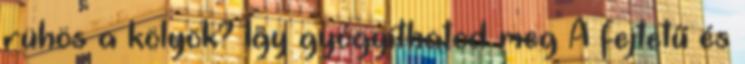
rühös a kölyök? Így gyógyíthatod meg A fejtetű és